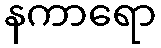
နကာရော